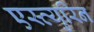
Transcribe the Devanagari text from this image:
एस्त्युरिन